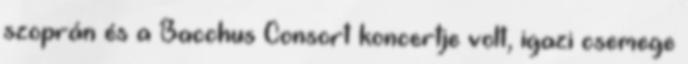
szoprán és a Bacchus Consort koncertje volt, igazi csemege